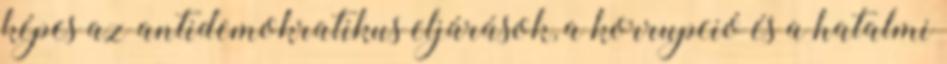
képes az antidemokratikus eljárások, a korrupció és a hatalmi